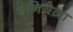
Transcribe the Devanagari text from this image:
डेनियेला